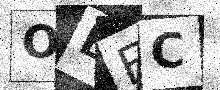
Text: OBEC